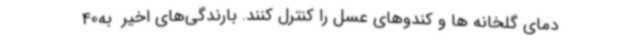
دمای گلخانه ها و کندوهای عسل را کنترل کنند. بارندگی‌های اخیر  به40